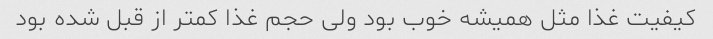
کیفیت غذا مثل همیشه خوب بود ولی حجم غذا کمتر از قبل شده بود